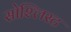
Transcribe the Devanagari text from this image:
सोश्लिस्ट